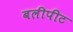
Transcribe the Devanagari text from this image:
बलीपीट